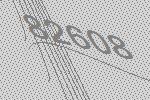
82608